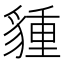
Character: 𧳮